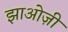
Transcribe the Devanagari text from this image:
झाओज़ी